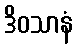
ဒိဝသာနံ